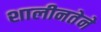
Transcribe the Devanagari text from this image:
शालीनतेने